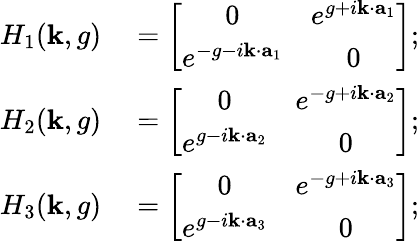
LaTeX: \begin{array}{rl}{H_{1}({\mathbf k},g)}&{{}=\left[\begin{array}{cc}{0}&{e^{g+i{\mathbf k}\cdot{\mathbf a}_{1}}}\\ {e^{-g-i{\mathbf k}\cdot{\mathbf a}_{1}}}&{0}\end{array}\right];}\\ {H_{2}({\mathbf k},g)}&{{}=\left[\begin{array}{cc}{0}&{e^{-g+i{\mathbf k}\cdot{\mathbf a}_{2}}}\\ {e^{g-i{\mathbf k}\cdot{\mathbf a}_{2}}}&{0}\end{array}\right];}\\ {H_{3}({\mathbf k},g)}&{{}=\left[\begin{array}{cc}{0}&{e^{-g+i{\mathbf k}\cdot{\mathbf a}_{3}}}\\ {e^{g-i{\mathbf k}\cdot{\mathbf a}_{3}}}&{0}\end{array}\right];}\end{array}